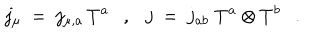
j _ { \mu } ~ = ~ j _ { \mu , a } \, T ^ { a } , j ~ = ~ j _ { a b } \; T ^ { a } \otimes T ^ { b } .